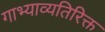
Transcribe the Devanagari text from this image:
गाभ्याव्यतिरिक्त